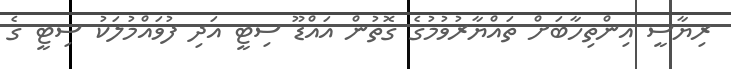
ރިޔާސީ އިންތިހާބަށް ތައްޔާރުވުމުގެ ގޮތުން އައްޑޫ ސިޓީ އަދި ފުވައްމުލަކު ސިޓީ ގެ